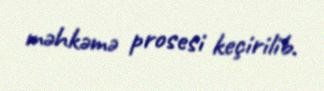
məhkəmə prosesi keçirilib.